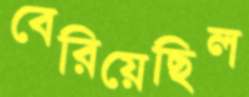
বেরিয়েছিল